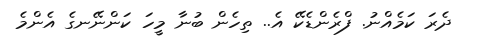
ދެރަ ކަމެއްނު. ފްރެންޑެކޭ އެ.. ތިހެން ބުނާ މީހަ ކަންނޭނގެ އެންމެ